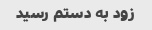
زود به دستم رسید